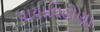
પાયાવિહોણા